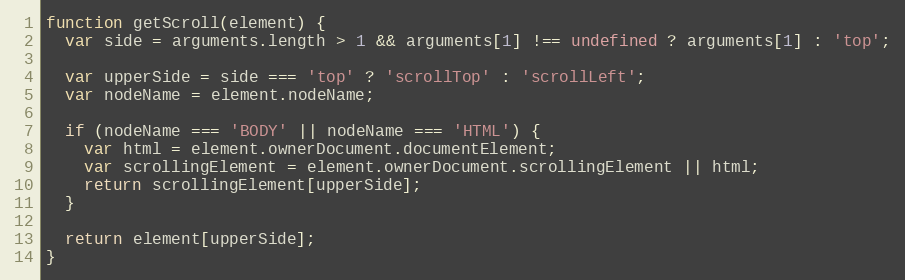
Language: JavaScript
function getScroll(element) {
  var side = arguments.length > 1 && arguments[1] !== undefined ? arguments[1] : 'top';

  var upperSide = side === 'top' ? 'scrollTop' : 'scrollLeft';
  var nodeName = element.nodeName;

  if (nodeName === 'BODY' || nodeName === 'HTML') {
    var html = element.ownerDocument.documentElement;
    var scrollingElement = element.ownerDocument.scrollingElement || html;
    return scrollingElement[upperSide];
  }

  return element[upperSide];
}